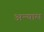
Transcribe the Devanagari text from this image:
अन्यास